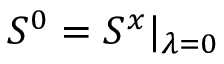
\begin{array} { r } { S ^ { 0 } = S ^ { x } \vert _ { \lambda = 0 } } \end{array}